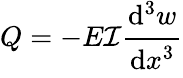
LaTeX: Q=-E\mathcal{I}{\cfrac{\mathrm{{d}}^{3}w}{\mathrm{{d}}x^{3}}}